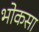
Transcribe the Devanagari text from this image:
भोकसा